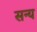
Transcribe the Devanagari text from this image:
सन्य